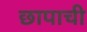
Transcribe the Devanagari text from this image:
छापाची